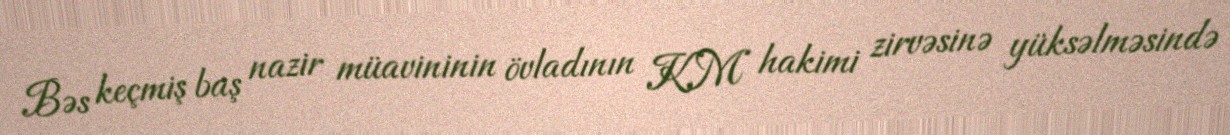
Bəs keçmiş baş nazir müavininin övladının KM hakimi zirvəsinə yüksəlməsində